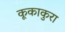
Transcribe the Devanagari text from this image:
कूकाकुरा